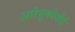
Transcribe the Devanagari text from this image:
आरेसुकोबोई